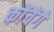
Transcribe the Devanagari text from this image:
कोंचेंगे